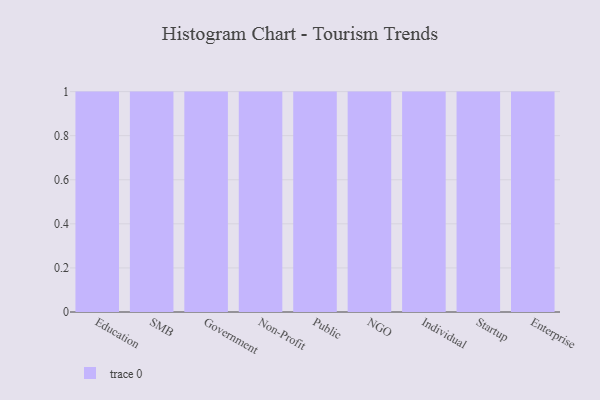
{"axis": {"x": "Segment", "y": "Tickets Resolved"}, "legend": [""], "data": [{"x": "Education", "y": 73, "type": ""}, {"x": "SMB", "y": 15, "type": ""}, {"x": "Government", "y": 36, "type": ""}, {"x": "Non-Profit", "y": 7, "type": ""}, {"x": "Public", "y": 67, "type": ""}, {"x": "NGO", "y": 63, "type": ""}, {"x": "Individual", "y": 27, "type": ""}, {"x": "Startup", "y": 19, "type": ""}, {"x": "Enterprise", "y": 33, "type": ""}]}